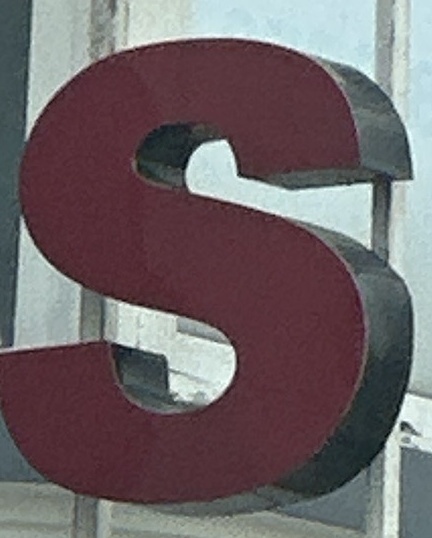
S